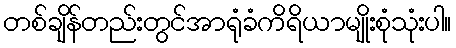
တစ်ချိန်တည်းတွင်အာရုံခံကိရိယာမျိုးစုံသုံးပါ။